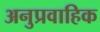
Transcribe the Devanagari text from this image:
अनुप्रवाहिक